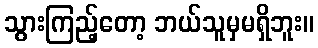
သွားကြည့်တော့ ဘယ်သူမှမရှိဘူး။